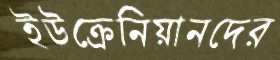
ইউক্রেনিয়ানদের